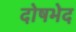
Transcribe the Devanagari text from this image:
दोषभेद